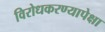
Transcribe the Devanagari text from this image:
विरोधकरण्यापेक्षा